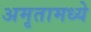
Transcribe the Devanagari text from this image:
अमृतामध्ये